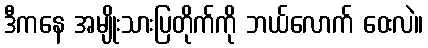
ဒီကနေ အမျိုးသားပြတိုက်ကို ဘယ်လောက် ဝေးလဲ။